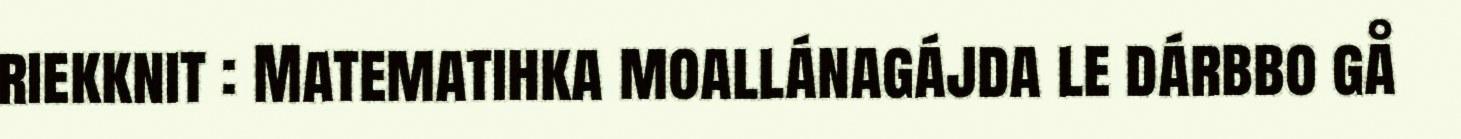
riekknit : Matematihka moallánagájda le dárbbo gå